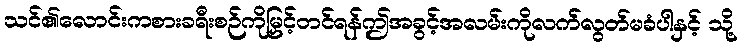
သင်၏လောင်းကစားခရီးစဉ်ကိုမြှင့်တင်ရန်ဤအခွင့်အလမ်းကိုလက်လွတ်မခံပါနှင့် သို့